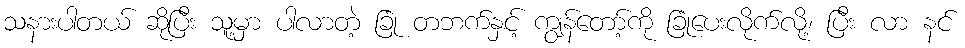
သနားပါတယ် ဆိုပြီး သူ့မှာ ပါလာတဲ့ ခြုံ တဘက်နှင့် ကျွန်တော့်ကို ခြုံပေးလိုက်လို့၊ ပြီး လာ နင်